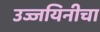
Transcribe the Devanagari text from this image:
उज्जयिनीचा